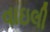
વાઇલી